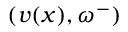
( v ( x ) , \omega ^ { - } )